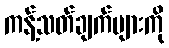
ကန့်သတ်ချက်များကို